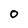
Character: O